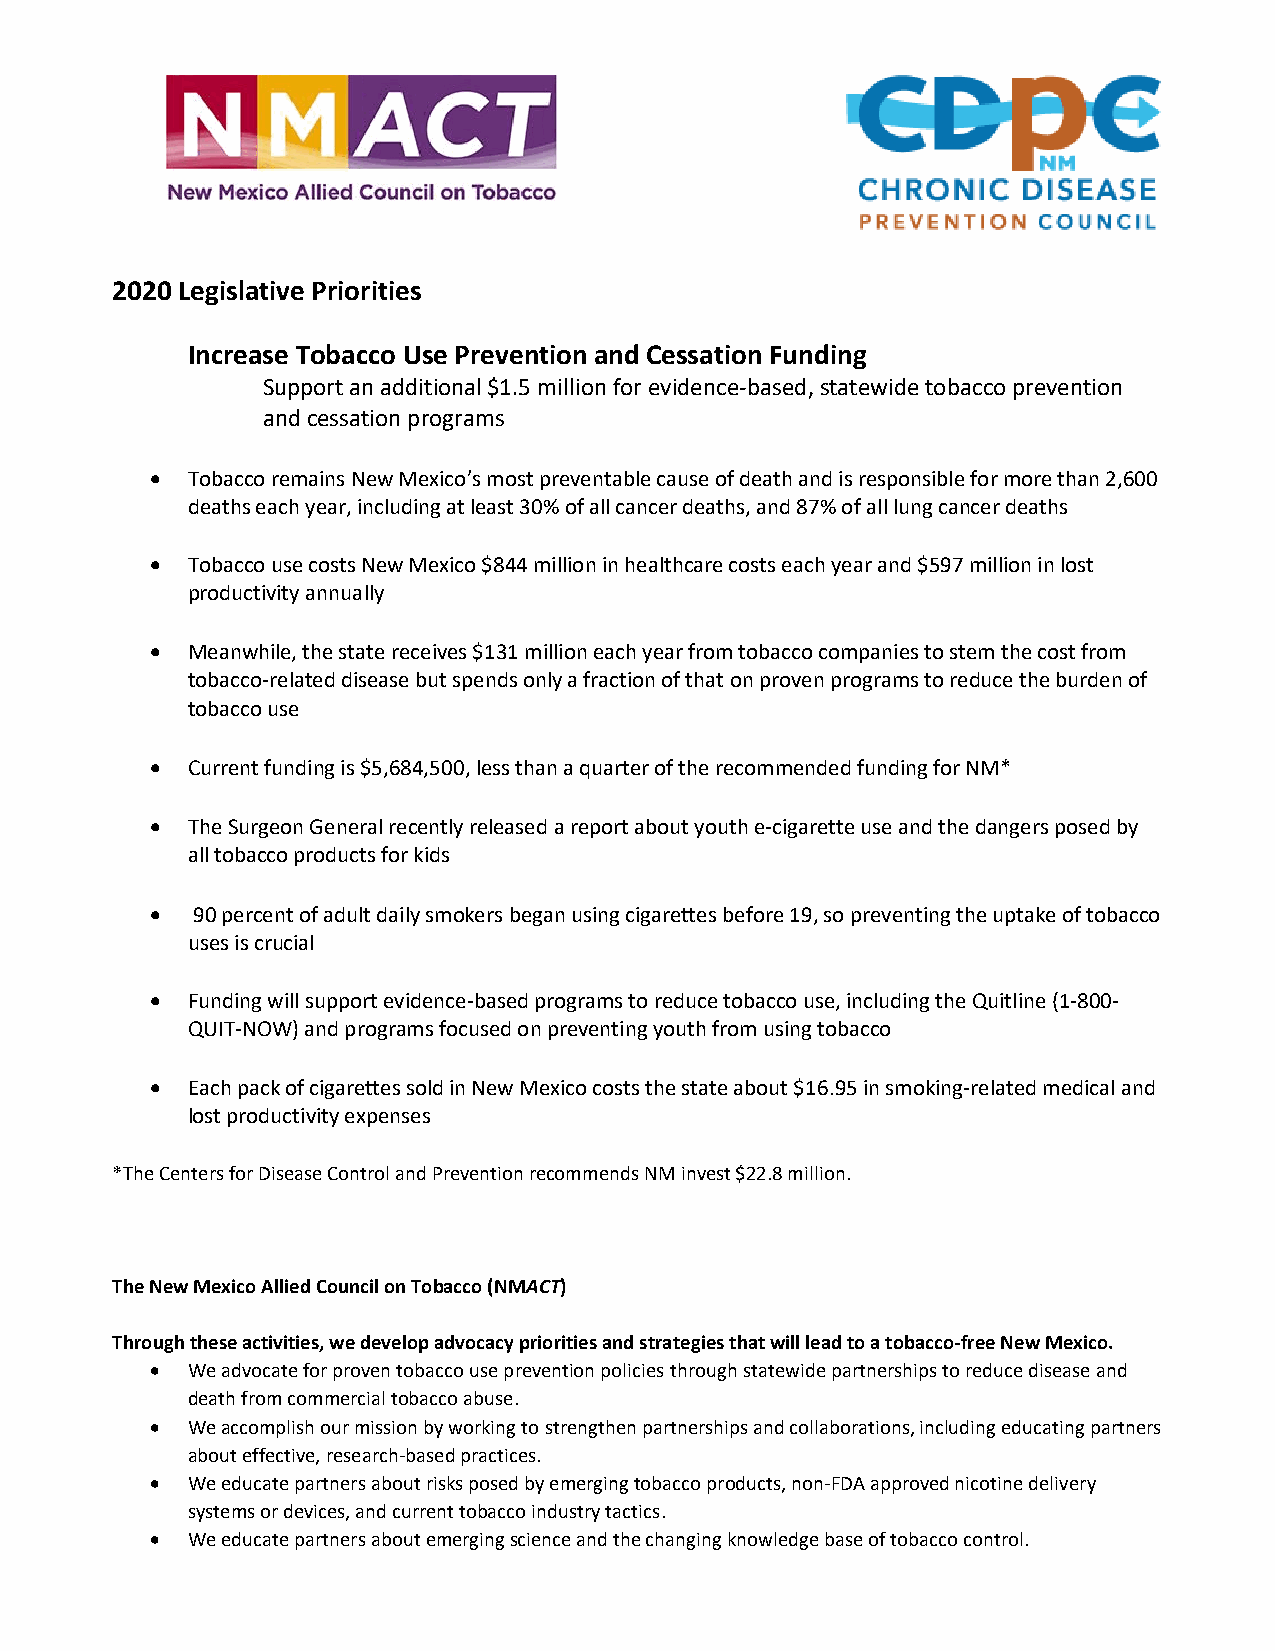
2020 Legislative Priorities
 Increase Tobacco Use Prevention and Cessation Funding
 Support an additional $1.5 million for evidence-based, statewide tobacco prevention
 and cessation programs
 • Tobacco remains New Mexico’s most preventable cause of death and is responsible for more than 2,600
 deaths each year, including at least 30% of all cancer deaths, and 87% of all lung cancer deaths
 • Tobacco use costs New Mexico $844 million in healthcare costs each year and $597 million in lost
 productivity annually
 • Meanwhile, the state receives $131 million each year from tobacco companies to stem the cost from
 tobacco-related disease but spends only a fraction of that on proven programs to reduce the burden of
 tobacco use
 • Current funding is $5,684,500, less than a quarter of the recommended funding for NM*
 • The Surgeon General recently released a report about youth e-cigarette use and the dangers posed by
 all tobacco products for kids
 •  90 percent of adult daily smokers began using cigarettes before 19, so preventing the uptake of tobacco
 uses is crucial
 • Funding will support evidence-based programs to reduce tobacco use, including the Quitline (1-800-
 QUIT-NOW) and programs focused on preventing youth from using tobacco
 • Each pack of cigarettes sold in New Mexico costs the state about $16.95 in smoking-related medical and
 lost productivity expenses
 *The Centers for Disease Control and Prevention recommends NM invest $22.8 million.
 The New Mexico Allied Council on Tobacco (NMACT)
 Through these activities, we develop advocacy priorities and strategies that will lead to a tobacco-free New Mexico.
 • We advocate for proven tobacco use prevention policies through statewide partnerships to reduce disease and
 death from commercial tobacco abuse.
 • We accomplish our mission by working to strengthen partnerships and collaborations, including educating partners
 about effective, research-based practices.
 • We educate partners about risks posed by emerging tobacco products, non-FDA approved nicotine delivery
 systems or devices, and current tobacco industry tactics.
 • We educate partners about emerging science and the changing knowledge base of tobacco control.